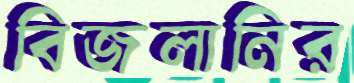
বিজলানির